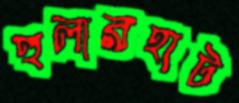
হুলারহাট